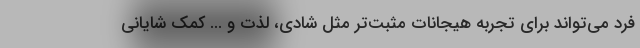
فرد می‌تواند برای تجربه هیجانات مثبت‌تر مثل شادی، لذت و ... کمک شایانی